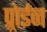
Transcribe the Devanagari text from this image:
प्र्रोईन